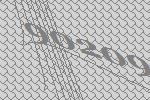
90209